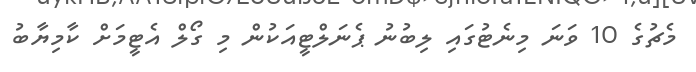
މެޗުގެ 10 ވަނަ މިނެޓުގައި ލިބުނު ޕެނަލްޓީއަކުން މި ގޯލް އެޓީމަށް ކާމިޔާބު